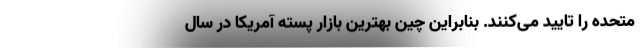
متحده را تایید می‌کنند. بنابراین چین بهترین بازار پسته آمریکا در سال